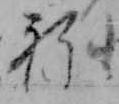
ね